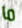
ما